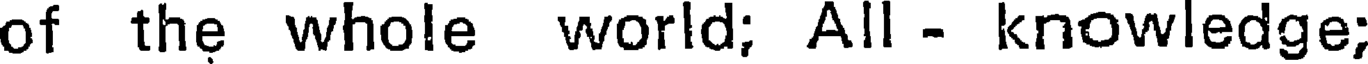
of the whole world; All - knowledge;